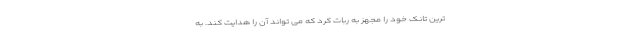
ترین تانک خود را مجهز به ربات کرد که می تواند آن را هدایت کند. به